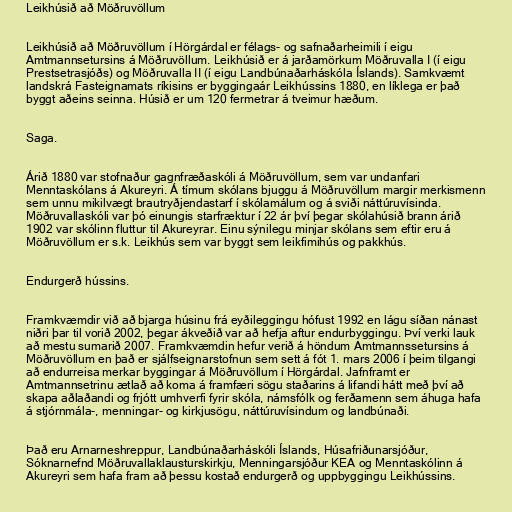
Leikhúsið að Möðruvöllum

Leikhúsið að Möðruvöllum í Hörgárdal er félags- og safnaðarheimili í eigu
Amtmannsetursins á Möðruvöllum. Leikhúsið er á jarðamörkum Möðruvalla I (í eigu
Prestsetrasjóðs) og Möðruvalla II (í eigu Landbúnaðarháskóla Íslands). Samkvæmt
landskrá Fasteignamats ríkisins er byggingaár Leikhússins 1880, en líklega er það
byggt aðeins seinna. Húsið er um 120 fermetrar á tveimur hæðum.

Saga.

Árið 1880 var stofnaður gagnfræðaskóli á Möðruvöllum, sem var undanfari
Menntaskólans á Akureyri. Á tímum skólans bjuggu á Möðruvöllum margir merkismenn
sem unnu mikilvægt brautryðjendastarf í skólamálum og á sviði náttúruvísinda.
Möðruvallaskóli var þó einungis starfræktur í 22 ár því þegar skólahúsið brann árið
1902 var skólinn fluttur til Akureyrar. Einu sýnilegu minjar skólans sem eftir eru á
Möðruvöllum er s.k. Leikhús sem var byggt sem leikfimihús og pakkhús.

Endurgerð hússins.

Framkvæmdir við að bjarga húsinu frá eyðileggingu hófust 1992 en lágu síðan nánast
niðri þar til vorið 2002, þegar ákveðið var að hefja aftur endurbyggingu. Því verki lauk
að mestu sumarið 2007. Framkvæmdin hefur verið á höndum Amtmannssetursins á
Möðruvöllum en það er sjálfseignarstofnun sem sett á fót 1. mars 2006 í þeim tilgangi
að endurreisa merkar byggingar á Möðruvöllum í Hörgárdal. Jafnframt er
Amtmannsetrinu ætlað að koma á framfæri sögu staðarins á lifandi hátt með því að
skapa aðlaðandi og frjótt umhverfi fyrir skóla, námsfólk og ferðamenn sem áhuga hafa
á stjórnmála-, menningar- og kirkjusögu, náttúruvísindum og landbúnaði.

Það eru Arnarneshreppur, Landbúnaðarháskóli Íslands, Húsafriðunarsjóður,
Sóknarnefnd Möðruvallaklausturskirkju, Menningarsjóður KEA og Menntaskólinn á
Akureyri sem hafa fram að þessu kostað endurgerð og uppbyggingu Leikhússins.